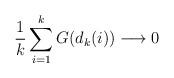
LaTeX: \begin{align*}\frac{1}{k}\sum_{i=1}^{k} G(d_k(i)) \longrightarrow 0\end{align*}